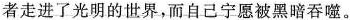
者走进了光明的世界，而自己宁愿被黑暗吞噬。